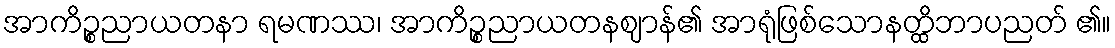
အာကိဉ္စညာယတနာ ရမဏဿ၊ အာကိဉ္စညာယတနဈာန်၏ အာရုံဖြစ်သောနတ္ထိဘာပညတ် ၏။